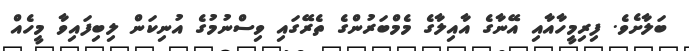
ބަލާށެވެ. ފިރިމީހާއާއި އޭނާގެ އާއިލާގެ މެމްބަރުންގެ ތެރޭގައި ވިސްނުމުގެ އުނިކަން ލިބިފައިވާ މީހެއް